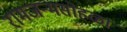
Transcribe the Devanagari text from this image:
रामजन्मसोहळा